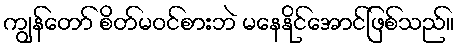
ကျွန်တော် စိတ်မဝင်စားဘဲ မနေနိုင်အောင်ဖြစ်သည်။